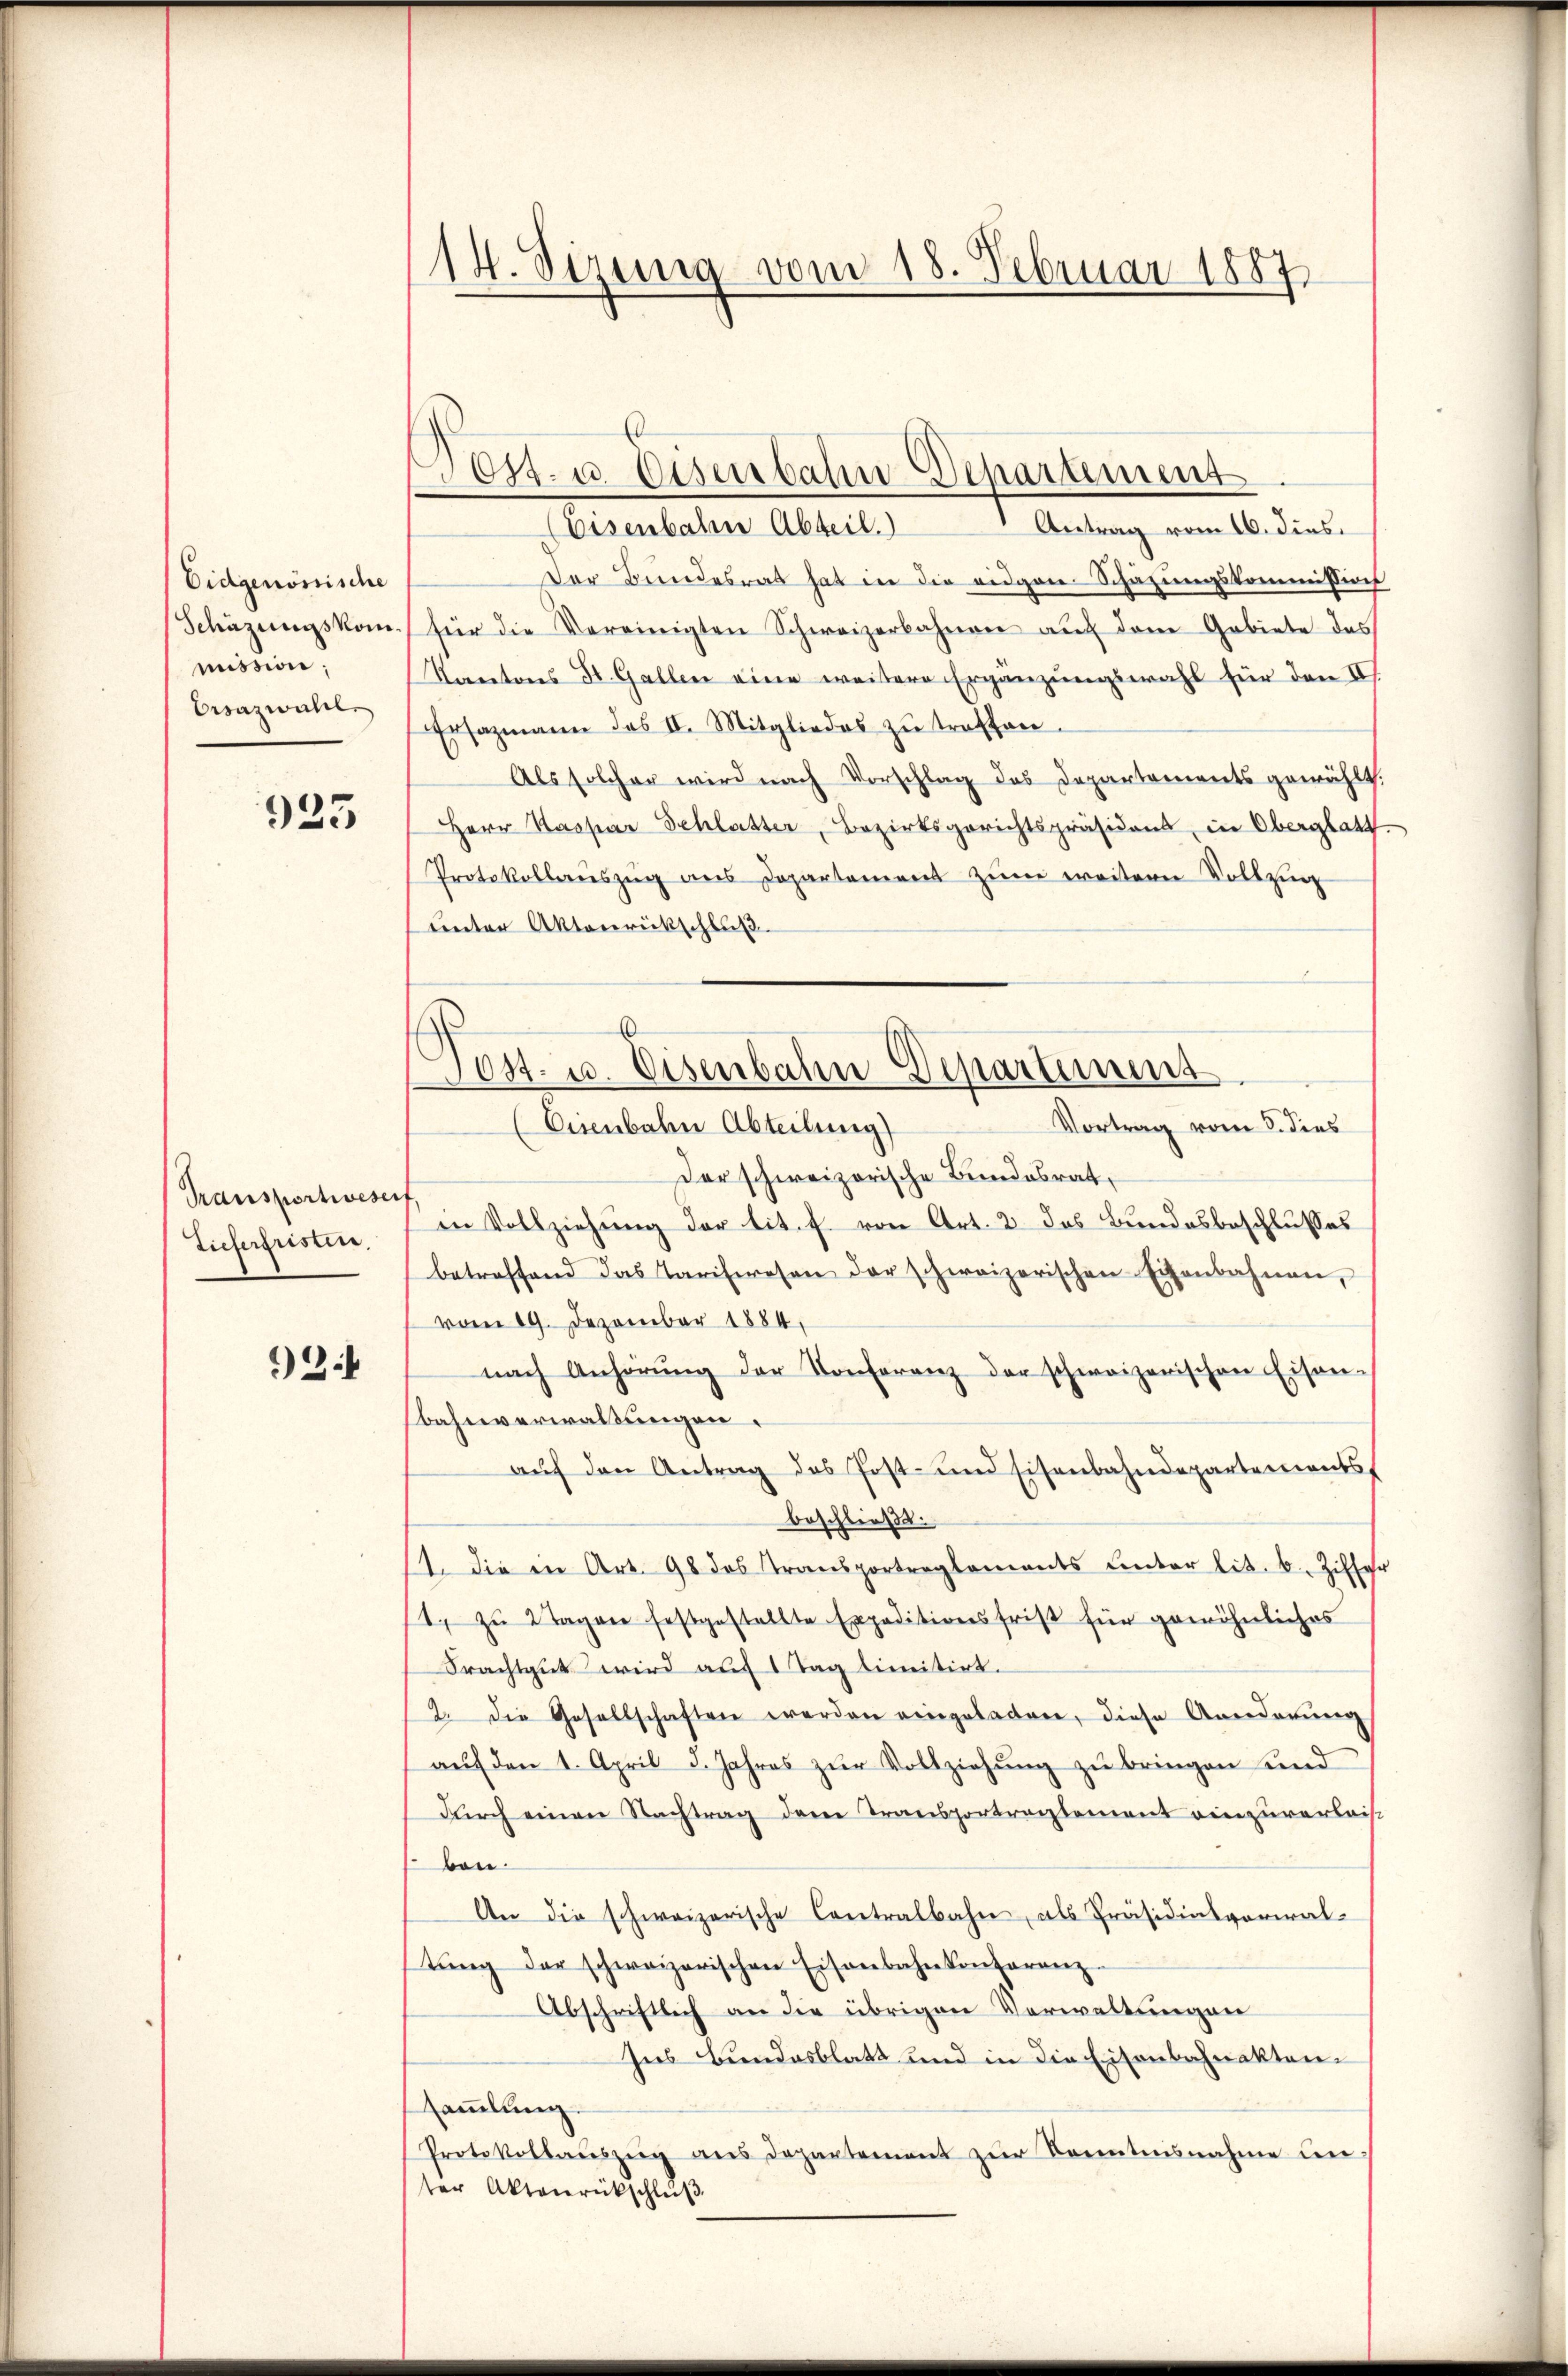
Eidgenössische
mission,
Ersazwahl

923

Transportwesenf
Tieferfristen.

3

14. Sizinig vom 18. Februar 1887

Antrag vom 16. dies
(Eisenbahre Abteil.
Der Bundesrat hat in die eidgen-Schätzungskommißion
Schazungskom.) für die Vereinigten Schweizerbahnen aŭf dem Gebiete des
Kantons St. Gallen eine weitere Ergänzungswahl für den III.
Ersazmann das II. Mitgliedes zŭ treffen.
Als solcher wird nach Vorschlag des Departements gewählt.
Herr Kaspar Schlatter, Bezirksgerichtspräsident, in Oberglatt
Protokollaŭszŭg ans Departement zŭm weitern Vollzung
unter Aktenrückschluß.
Vortrag vom 3. dies
(Eisenbahn Abteilung)
Der schweizerische Bundesrat
in Vollziehung der tit. f. von Art. 2 das Bundesbeschlusses
betreffend das Tariferosen der schweizerischen Eisenbahnen,
vom 19. Dezember 1884,
nach Anhörŭng der Konferenz der schweizerischen Eisen-
bahnverwaltungen
aŭf den Antrag des Post- und Eisenbahndepartements
beschließe.
11. die in Art. 98 des Transportreglements unter lit. b. Ziffer
. zŭ 2 Tagen festgestellte Expeditionsfrist für gewöhnliches
Frachtgut wird auf Tag limitirt.
2. Die Gesellschaften werden eingeladen, diese Anderŭng
aŭf den 1. April 5. Jahres zur Vollziehung zu bringen und
durch einen Nachtrag dem Transportragtement einzuverleis
ben.
An die schweizerische Contralbahn, als Präsidialvorwaltŭng der schweizerischen Eisenbahnkonferanz-
Abschriftlich an die übrigen Verwaltungen
Ins Bundesblatt und in die Eisenbahnaktensammlung.
Protokollauszeig ans Departement zŭr Kenntnisnahme un-
ter Aktenrückschlŭβ

Post. u. Eisenbahn Departement

Post. u. Eisenbahn Departement